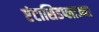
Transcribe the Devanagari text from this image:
एंटासिडप्लाज्मा